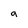
Character: 9